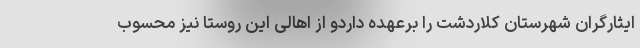
ایثارگران شهرستان کلاردشت را برعهده داردو از اهالی این روستا نیز محسوب